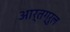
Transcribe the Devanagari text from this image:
आर्तग्रुल